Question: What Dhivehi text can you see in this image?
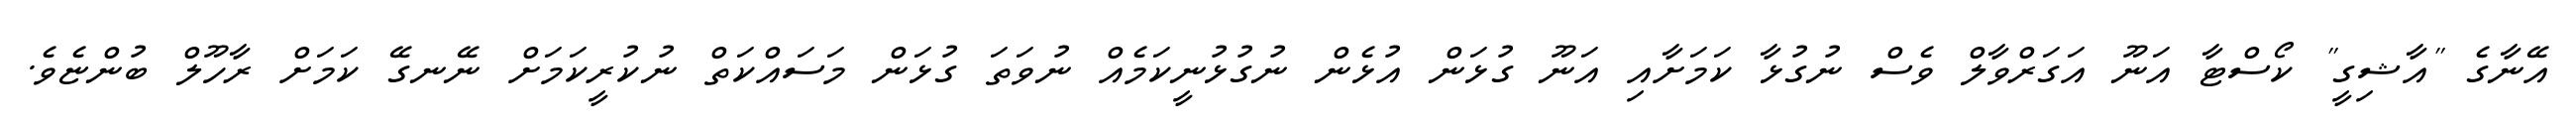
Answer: އޭނާގެ "އާޝިގީ" ކޯސްޓާ އަނޫ އަގަރްވާލް ވެސް ނުގުޅާ ކަމަށާއި އަނޫ ގުޅަން އުޅެން ނުގުޅުނީކަމެއް ނުވަތަ ގުޅަން މަސައްކަތް ނުކުރީކަމަށް ނޭނގޭ ކަމަށް ރާހޫލް ބުންޏެވެ.